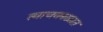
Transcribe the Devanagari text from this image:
त्याचकाळात